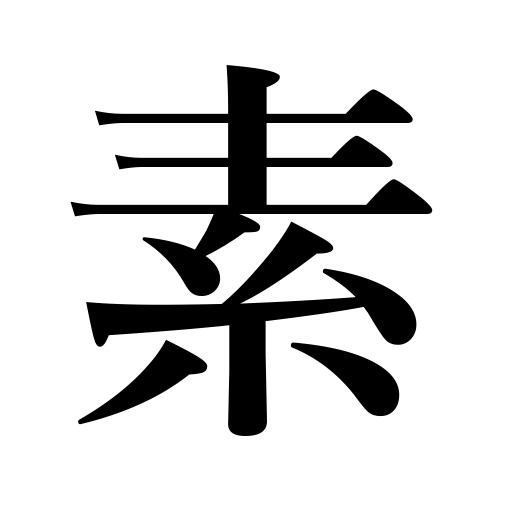
Meanings: element,uncovered,principle,naked,simple